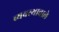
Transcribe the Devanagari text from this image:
व्यवस्थावाले